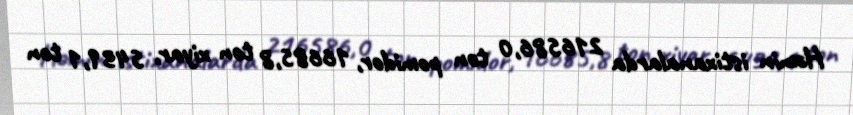
Həmin istixanalarda 216586,0 ton pomidor, 16685,8 ton xiyar, 5439,1 ton